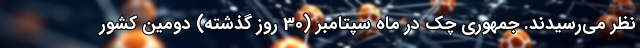
نظر می‌رسیدند. جمهوری چک در ماه سپتامبر (30 روز گذشته) دومین کشور